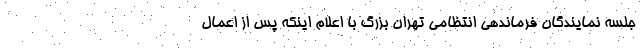
جلسه نمایندگان فرماندهی انتظامی تهران بزرگ با اعلام اینکه پس از اعمال